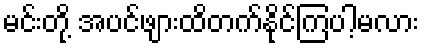
မင်းတို့ အပင်ဖျားထိတက်နိုင်ကြပါ့မလား